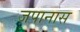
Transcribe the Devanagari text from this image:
जपानास